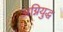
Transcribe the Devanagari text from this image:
अग्नियुद्ध